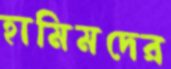
হামিমদের